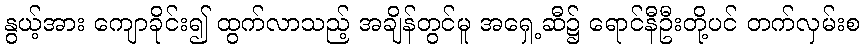
နွယ့်အား ကျောခိုင်း၍ ထွက်လာသည့် အချိန်တွင်မူ အရှေ့ဆီ၌ ရောင်နီဦးတို့ပင် တက်လှမ်းစ